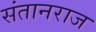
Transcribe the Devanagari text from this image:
संतानराज